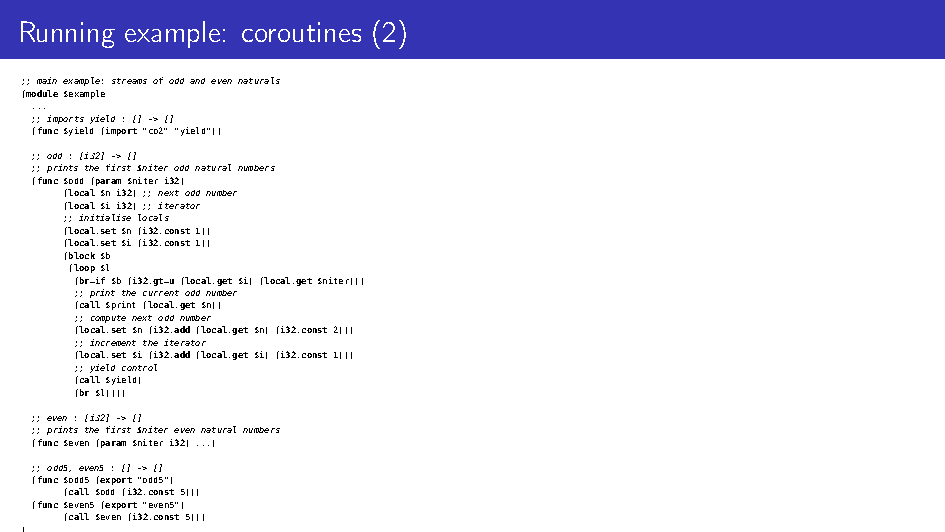
Running example: coroutines (2)
 ;;mainexample:streamsofoddandevennaturals
 (module$example
 ...
 ;;importsyield:[]->[]
 (func$yield(import"co2""yield"))
 ;;odd:[i32]->[]
 ;;printsthefirst$niteroddnaturalnumbers
 (func$odd(param$niteri32)
 (local$ni32);;nextoddnumber
 (local$ii32);;iterator
 ;;initialiselocals
 (local.set$n(i32.const1))
 (local.set$i(i32.const1))
 (block$b
 (loop$l
 (br_if$b(i32.gt_u(local.get$i)(local.get$niter)))
 ;;printthecurrentoddnumber
 (call$print(local.get$n))
 ;;computenextoddnumber
 (local.set$n(i32.add(local.get$n)(i32.const2)))
 ;;incrementtheiterator
 (local.set$i(i32.add(local.get$i)(i32.const1)))
 ;;yieldcontrol
 (call$yield)
 (br$l))))
 ;;even:[i32]->[]
 ;;printsthefirst$niterevennaturalnumbers
 (func$even(param$niteri32)...)
 ;;odd5,even5:[]->[]
 (func$odd5(export"odd5")
 (call$odd(i32.const5)))
 (func$even5(export"even5")
 (call$even(i32.const5)))
 )
 The instruction (call $run (ref.func $odd5) (ref.func $even5)) prints 1 3 5 7 9 2 4 6 8 10